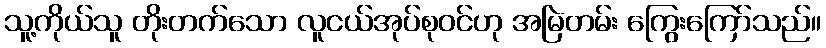
သူ့ကိုယ်သူ တိုးတက်သော လူငယ်အုပ်စုဝင်ဟု အမြဲတမ်း ကြွေးကြော်သည်။